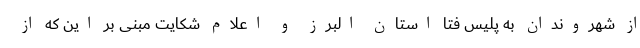
از شهروندان به پلیس فتا استان البرز و اعلام شکایت مبنی بر این که از